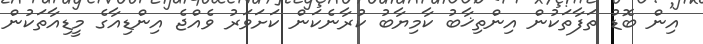
އިން ބޮޑު ތަފާތަކުން އިންތިޚާބު ކާމިޔާބު ކުރާނެކަން ކަށަވަރު ވެއްޖެ އިންޑިއާގެ މީޑިއާތަކުން